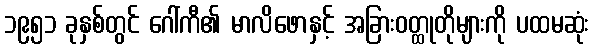
၁၉၅၁ ခုနှစ်တွင် ဂေါ်ကီ၏ မာလိဖောနှင့် အခြားဝတ္ထုတိုများကို ပထမဆုံး